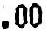
.00